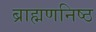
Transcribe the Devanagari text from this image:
ब्राह्मणनिष्ठ